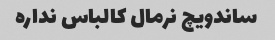
ساندویچ نرمال کالباس نداره